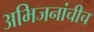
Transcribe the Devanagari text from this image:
अभिजनांचीच